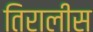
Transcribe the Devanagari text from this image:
तिरालीस